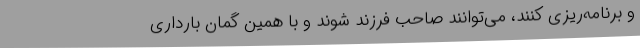
و برنامه‌ریزی کنند، می‌توانند صاحب فرزند شوند و با همین گمان بارداری